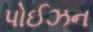
પોઈઝન